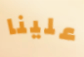
علينا